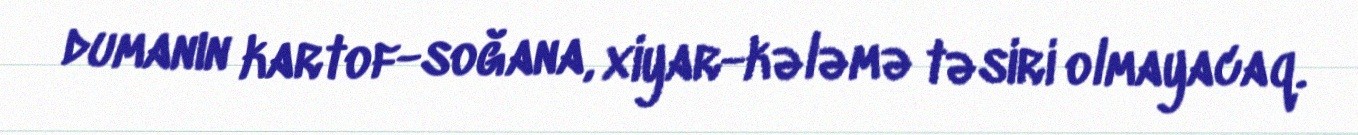
dumanın kartof-soğana, xiyar-kələmə təsiri olmayacaq.